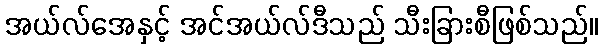
အယ်လ်အေနှင့် အင်အယ်လ်ဒီသည် သီးခြားစီဖြစ်သည်။